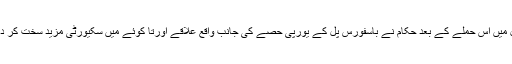
استنبول میں اس حملے کے بعد حکام نے باسفورس پل کے یورپی حصے کی جانب واقع علاقے اورتا کوئے میں سکیورٹی مزید سخت کر دی ہے۔